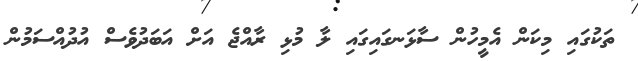
ތަކުގައި މިކަން އެމީހުން ސާޅަނގައިގައި ލާ މުޅި ރާއްޖެ އަށް އަބަދުވެސް އުދުއްސަމުން